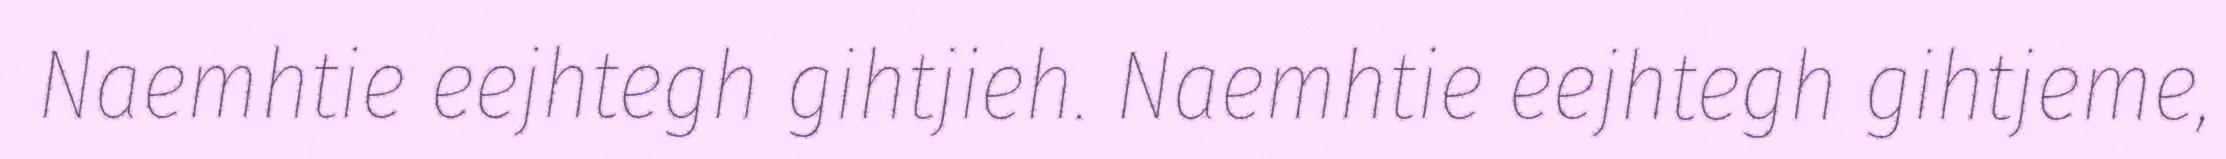
Naemhtie eejhtegh gihtjieh. Naemhtie eejhtegh gihtjeme,